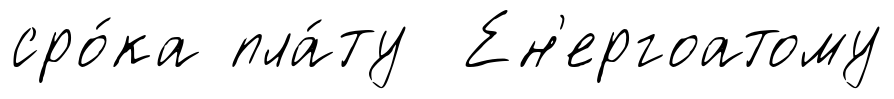
сро́ка пла́ту Ен'ергоатому